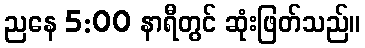
ညနေ 5:00 နာရီတွင် ဆုံးဖြတ်သည်။